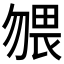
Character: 𱐼